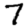
Digit: 7